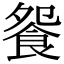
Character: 𩚴